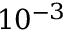
1 0 ^ { - 3 }